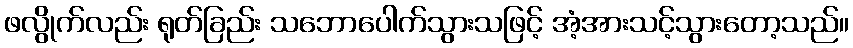
ဖလွိုက်လည်း ရုတ်ခြည်း သဘောပေါက်သွားသဖြင့် အံ့အားသင့်သွားတော့သည်။